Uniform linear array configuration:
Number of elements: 8
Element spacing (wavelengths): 0.75
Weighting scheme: exponential
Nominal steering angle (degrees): -60
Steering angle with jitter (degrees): -58.42
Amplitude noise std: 0.05
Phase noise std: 0.05

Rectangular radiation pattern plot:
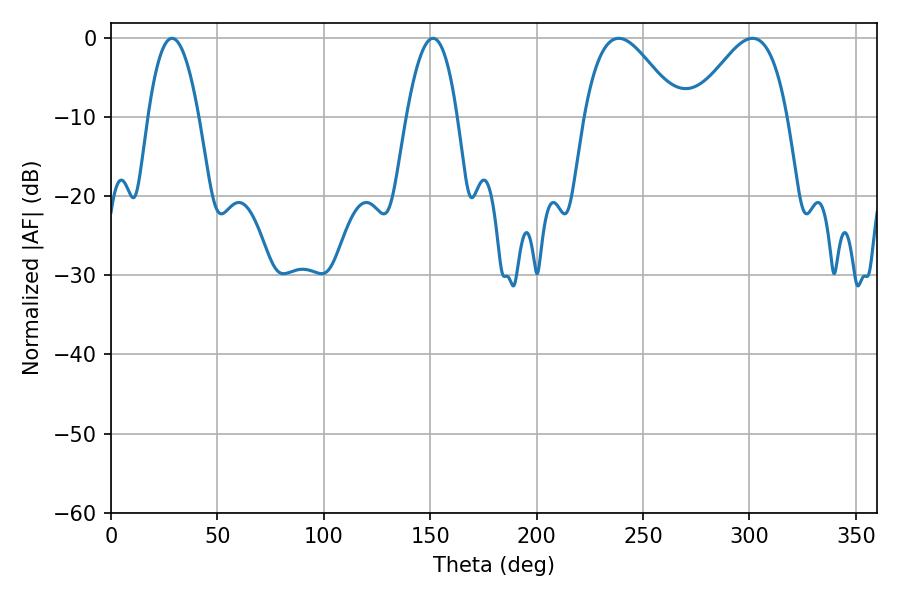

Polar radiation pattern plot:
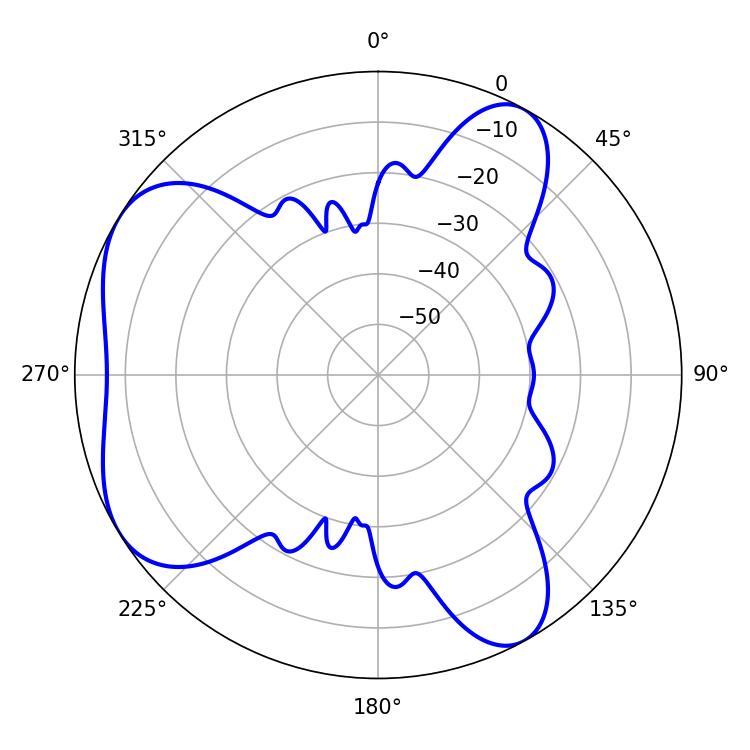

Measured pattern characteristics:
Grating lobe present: TRUE
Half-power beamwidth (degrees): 23.94
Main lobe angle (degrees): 238.5